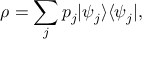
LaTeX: \rho = \sum _ { j } p _ { j } | \psi _ { j } \rangle \langle \psi _ { j } | ,